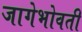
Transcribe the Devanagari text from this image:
जागेभोवती